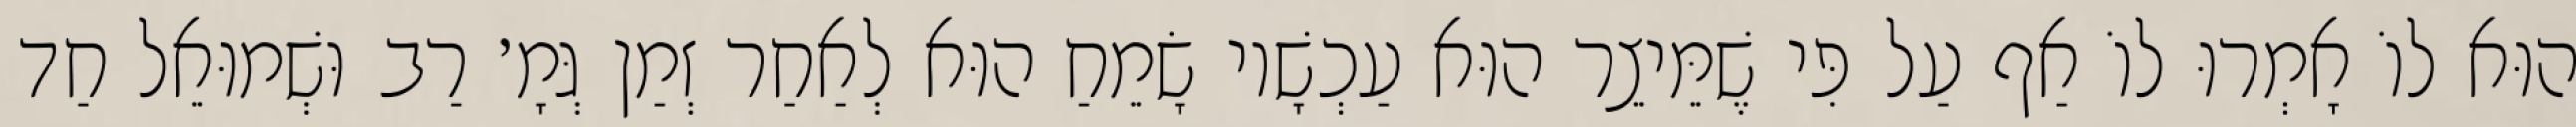
הוּא לוֹ אָמְרוּ לוֹ אַף עַל פִּי שֶׁמֵּיצֵר הוּא עַכְשָׁיו שָׂמֵחַ הוּא לְאַחַר זְמַן גְּמָ׳ רַב וּשְׁמוּאֵל חַד